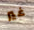
غير